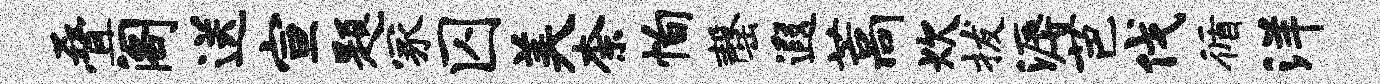
叠阁送宣题冢囚美柰恂罄遐藁炊拔溽芭伐循洋